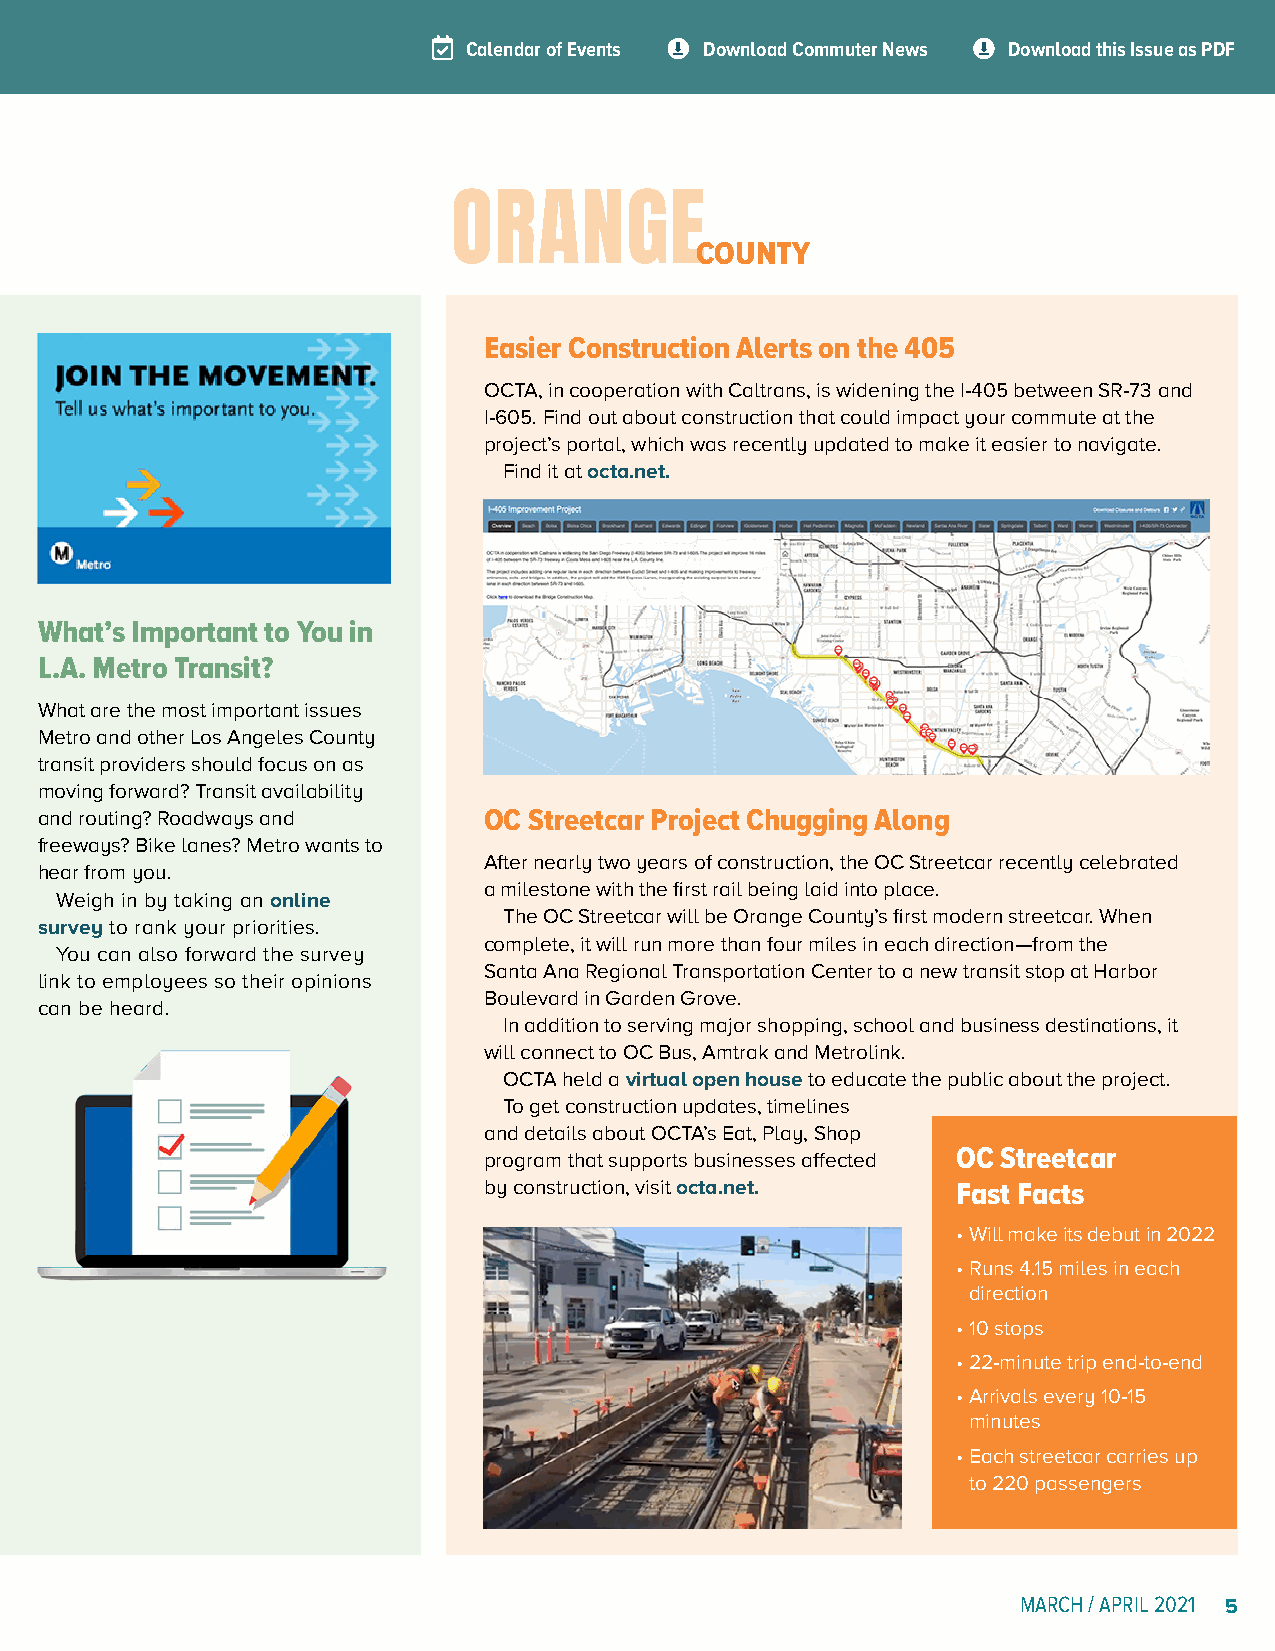
Calendar of Events Download Commuter News Download this Issue as PDF
 ORANGE
 COUNTY
 Easier Construction Alerts on the 405
 OCTA, in cooperation with Caltrans, is widening the I-405 between SR-73 and
 I-605. Find out about construction that could impact your commute at the
 project’s portal, which was recently updated to make it easier to navigate.
 Find it at octa.net.
 What’s Important to You in
 L.A. Metro Transit?
 What are the most important issues
 Metro and other Los Angeles County
 transit providers should focus on as
 moving forward? Transit availability
 and routing? Roadways and     OC Streetcar Project Chugging Along
 freeways? Bike lanes? Metro wants to
 After nearly two years of construction, the OC Streetcar recently celebrated
 hear from you.
 a milestone with the first rail being laid into place.
 Weigh in by taking an online
 The OC Streetcar will be Orange County’s first modern streetcar. When
 survey to rank your priorities.
 complete, it will run more than four miles in each direction—from the
 You can also forward the survey
 Santa Ana Regional Transportation Center to a new transit stop at Harbor
 link to employees so their opinions
 Boulevard in Garden Grove.
 can be heard.
 In addition to serving major shopping, school and business destinations, it
 will connect to OC Bus, Amtrak and Metrolink.
 OCTA held a virtual open house to educate the public about the project.
 To get construction updates, timelines
 and details about OCTA’s Eat, Play, Shop
 program that supports businesses affected OC Streetcar
 by construction, visit octa.net. Fast Facts
 • Will make its debut in 2022
 • Runs 4.15 miles in each
 direction
 • 10 stops
 • 22-minute trip end-to-end
 • Arrivals every 10-15
 minutes
 • Each streetcar carries up
 to 220 passengers
 MARCH / APRIL 2021 5